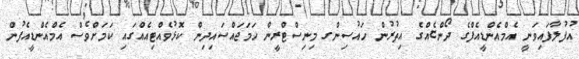
އުފުލާފައިވަނީ އެމްއެންޑީއެފްގެ ދޯންޏެއްގެ އިތުރުން ހައުސިންގ މިނިސްޓްރީން ހަމަޖައްސައިދިން ކޮޅުވެއްޓިއެއްގައި ކަމަށްވެސް އެމްއެންޑީއެފުން